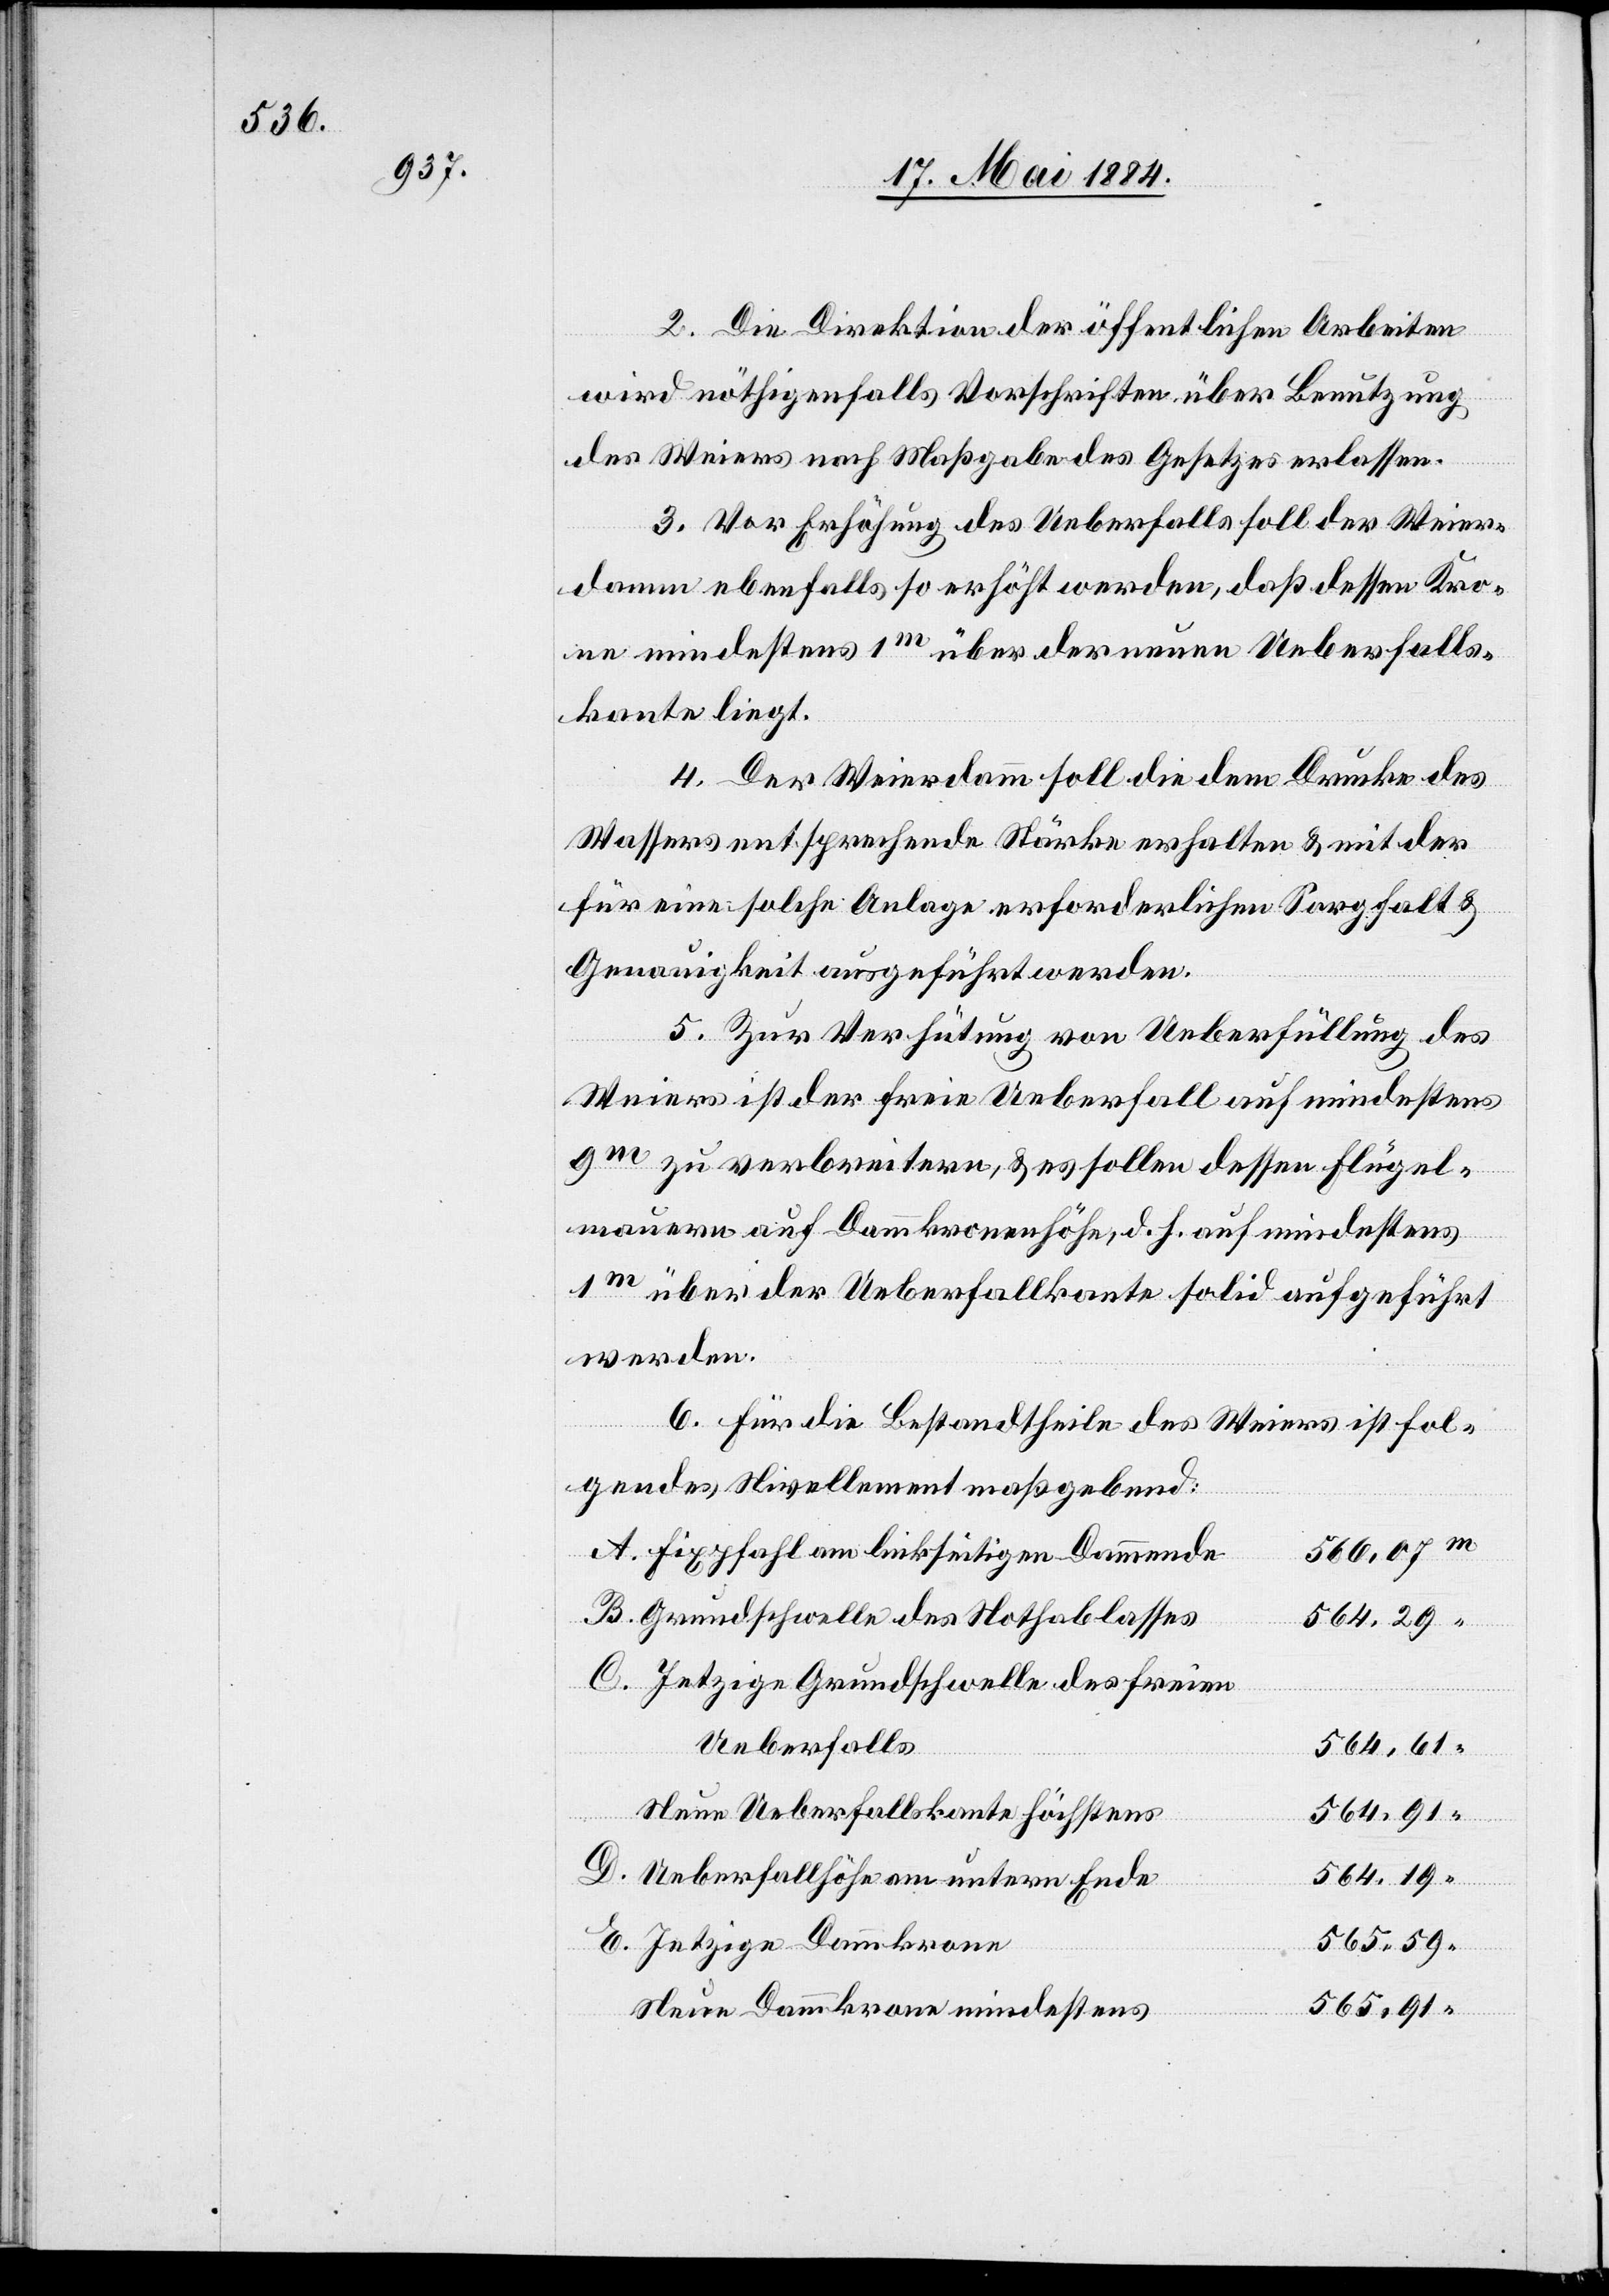
2. Die Direktion der öffentlichen Arbeiten
wird nöthigenfalls Vorschriften über Benutzung
des Weiers nach Maßgabe des Gesetzes erlassen.
3. Vor Erhöhung des Ueberfalls soll der Weier¬
damm ebenfalls so erhöht werden, daß dessen Kro¬
ne mindesten 1m über der neuen Ueberfalls¬
kante liegt.
4. Der Weierdamm soll die dem Drucke des
Wassers entsprechende Stärke erhalten & mit der
eine solche Anlage erforderlichen Sorgfalt &
Genauigkeit ausgeführt werden.
5. Zur Verhütung von Ueberfüllung des
Weiers ist der freie Ueberfall auf mindestens
9m zu verbreitern, & es sollen dessen Flügel¬
mauern auf Dammkronenhöhe, d. h. auf mindestens
1m über der Ueberfallkante solid aufgeführt
werden.
6. Für die Bestandtheile des Weiers ist fol¬
gendes Nivellement maßgebend:
m
560,07
A. Fixpfahl am linkseitigen Dammende
B. Grundschwelle des Nothablasses
564,29
C. Jetzige Grundschwelle des freien
Ueberfalls
564,61
Neue Ueberfallskante höchstens
D. Ueberfallhöhe am untern Ende
E. Jetzige Dammkrone
565,91
“
Neue Dammkrone mindestens